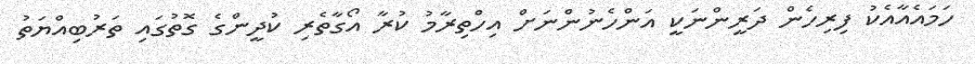
ހަމައެއާއެކު ފިރިހެން ދަރީންނަކީ އަންހެނުންނަށް އިހްތިރާމު ކުރާ އޯގާތެރި ކުދީންގެ ގޮތުގައި ތަރުބިއްޔަތު